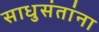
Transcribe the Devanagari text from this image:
साधुसंतांना